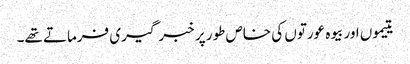
یتیموں اور بیوہ عورتوں کی خاص طور پر خبر گیری فرماتے تھے۔